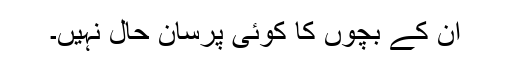
ان کے بچوں کا کوئی پرسانِ حال نہیں۔